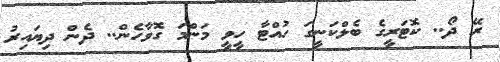
ރޭ ދޯ.. ކޮޓަރީގެ ބެލްކަނީގަ ހުއްޓާ ހީވީ މަންމަ ގޮވާހެން.. ދެން ދިޔައިރު